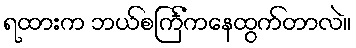
ရထားက ဘယ်စင်္ကြံကနေထွက်တာလဲ။